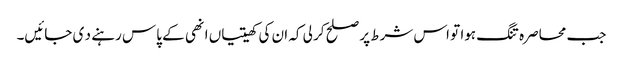
جب محاصرہ تنگ ہوا تو اس شرط پر صلح کر لی کہ ان کی کھیتیاں انھی کے پاس رہنے د ی جائیں۔